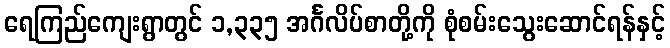
ရေကြည်ကျေးရွာတွင် ၁,၃၃၅ အင်္ဂလိပ်စာတို့ကို စုံစမ်းသွေးဆောင်ရန်နှင့်